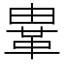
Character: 𩊄